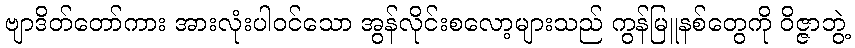
ဗျာဒိတ်တော်ကား အားလုံးပါ၀င်သော အွန်လိုင်းစလော့များသည် ကွန်မြူနစ်တွေကို ဝိဇ္ဇာဘွဲ့